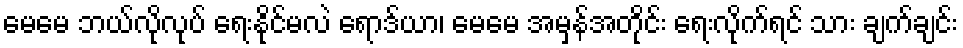
မေမေ ဘယ်လိုလုပ် ရေးနိုင်မလဲ ရောဒ်ယာ၊ မေမေ အမှန်အတိုင်း ရေးလိုက်ရင် သား ချက်ချင်း